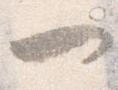
一